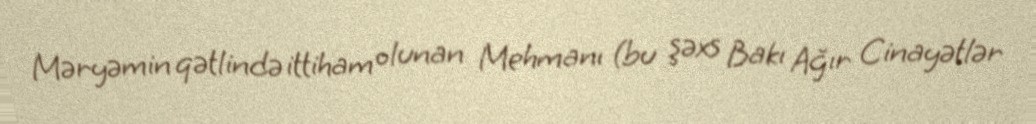
Məryəmin qətlində ittiham olunan Mehmanı (bu şəxs Bakı Ağır Cinayətlər